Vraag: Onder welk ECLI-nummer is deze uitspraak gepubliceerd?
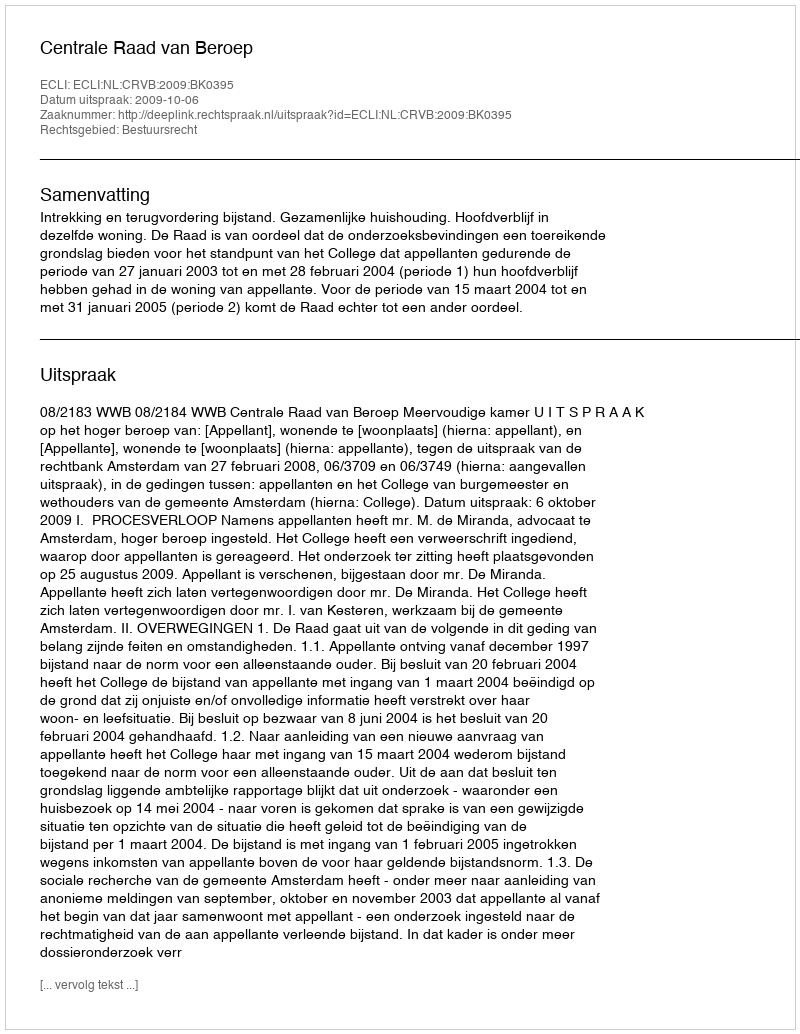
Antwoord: ECLI:NL:CRVB:2009:BK0395